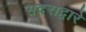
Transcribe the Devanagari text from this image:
सदराद्वारे